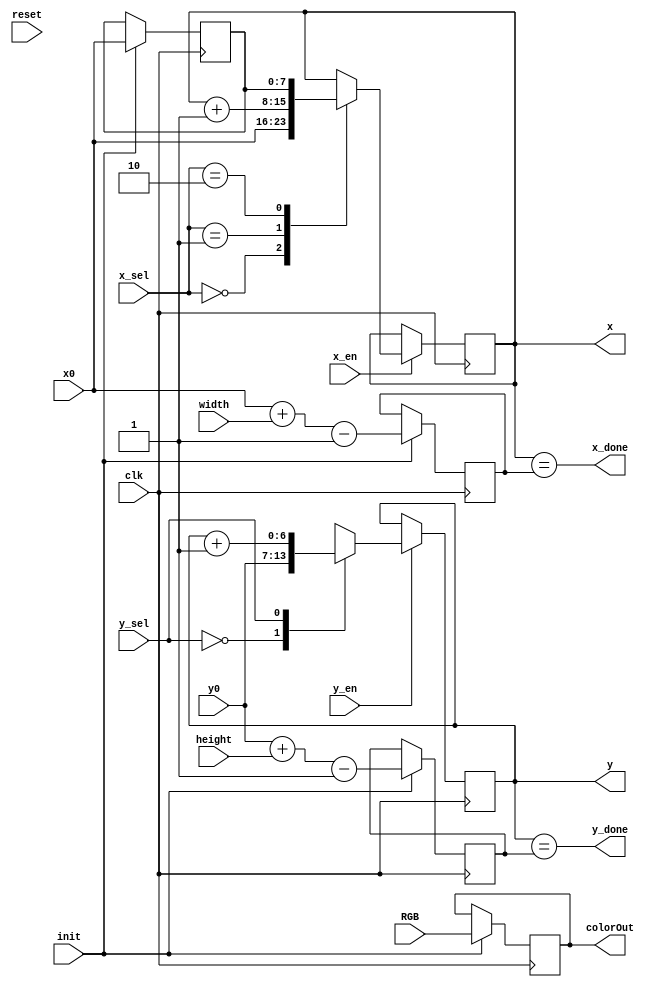

//data path
module rectangleData(input [7:0]x0, 
							input[6:0]y0, 
							input[6:0]height, 
							input[7:0]width, 
							input[2:0]RGB,

							input x_en, 
							input[2:0]x_sel, 
							input y_en, 
							input y_sel, 
							input init, 
							input clk, 
							input reset,

							output x_done, 
							output y_done, 
							output reg [7:0]x, 
							output reg [6:0]y, 
							output reg [2:0]colorOut);
							
reg [7:0]x_last;
reg [6:0]y_last;
reg [7:0]x0_r;

	always @ (posedge clk) begin
		if (init) begin
			x0_r <= x0;
			x_last <= x0 + width - 8'd1;
			y_last <= y0 + height - 7'd1;
			colorOut <= RGB;
		end
		
		if (x_en) begin
			case (x_sel)
				2'd0: x <= x0;
				2'd1: x <= x + 1;
				2'd2: x <= x0_r;
			endcase
		end
		
		if(y_en)begin
			case (y_sel)
				1'd0: y <= y0;
				1'd1: y <= y+1;
			endcase
		end

		//if(x_done && y_done) done <= 1'b1;
		
	end
	
	assign x_done = (x == x_last);
	assign y_done = (y == y_last);


	endmodule
	
	
module rectangleCtrl
(
	input clk,
	input reset,
	
	input go,
	output reg done,
	
	output reg init,
	output reg x_en,
	output reg [2:0] x_sel,
	output reg y_en,
	output reg y_sel,
	input x_done,
	input y_done,
	
	output reg plot
);	

//state registers

reg [2:0] nextstate, state;
	
	localparam 		  S_IDLE = 3'd0,
				  S_DRAW = 3'd1,
				  S_INC_Y = 3'd2;
				 
	
	
	always @ (posedge clk or posedge reset) begin
		if (reset) state <= S_IDLE;
		else state <= nextstate;
	end
	
	
	always@(*) begin
	//default enables
		nextstate = state;
		done = 1'b0;
		init = 1'b0;
		x_en = 1'b0;
		y_en = 1'b0;
		x_sel = 2'b00;
		y_sel = 1'b0;
		plot = 1'b0;
		
		case (state)
			S_IDLE: begin
				init = 1'b1;
				x_en = 1'b1;
				y_en = 1'b1;
				x_sel = 2'd0;
				y_sel = 1'b0;
				if (go) begin
					nextstate = S_DRAW;
				end
			end
			
			S_DRAW: begin
				plot = 1'b1;
				x_en = 1'b1;
				x_sel = 2'd1;
				if (x_done) begin
					x_sel = 2'd2;
					nextstate = S_INC_Y;
				end
			
			end
			
			S_INC_Y: begin
				y_en = 1'b1;
				y_sel = 1'b1;
				if (y_done) begin
					done = 1'b1;
					nextstate = S_IDLE;
				end
				else begin
					nextstate = S_DRAW;
				end
				
			end
		endcase
		
	end
endmodule